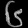
Digit: ၆